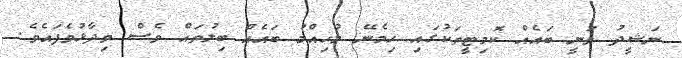
ނަޝީދު ވަނީ ބައެއް ކޮމިޓީތަކުގައި ހިމެނޭ މުހިއްމު ބައެއް ބިލުތައް ވެސް ވިދާޅުވެފައެވެ.